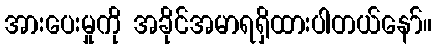
အားပေးမှုကို အခိုင်အမာရရှိထားပါတယ်နော်။